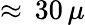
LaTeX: \approx\, 30\, \mu